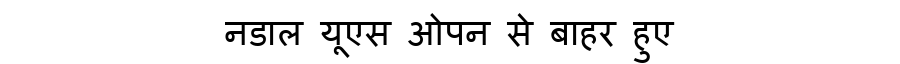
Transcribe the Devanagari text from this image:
नडाल यूएस ओपन से बाहर हुए